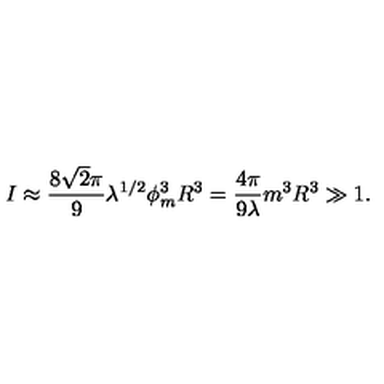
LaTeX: I \approx { \frac { 8 \sqrt { 2 } \pi } { 9 } } \lambda ^ { 1 / 2 } \phi _ { m } ^ { 3 } R ^ { 3 } = { \frac { 4 \pi } { 9 \lambda } } m ^ { 3 } R ^ { 3 } \gg 1 .